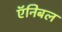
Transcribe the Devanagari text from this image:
ऍनिबल